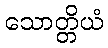
သောတ္တိယံ